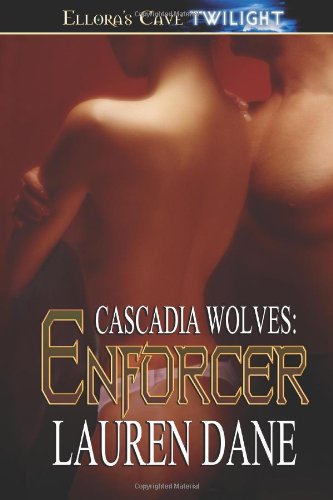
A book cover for Enforcer (Cascadia Wolves); Lauren Dane; Romance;